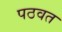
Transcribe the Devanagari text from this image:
पठवत